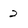
Character: 2